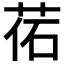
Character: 𦰒